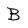
Character: B